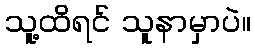
သူ့ထိရင် သူနာမှာပဲ။